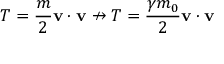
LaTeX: T = { \frac { m } { 2 } } \mathbf { v } \cdot \mathbf { v } \nrightarrow T = { \frac { \gamma m _ { 0 } } { 2 } } \mathbf { v } \cdot \mathbf { v }